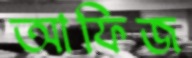
আফিজ